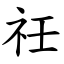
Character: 祍